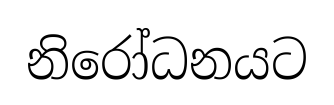
නිරෝධනයට